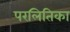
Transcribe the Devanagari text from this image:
परलितिका